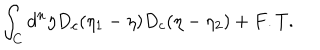
\int _ { C } d ^ { n } \eta D _ { c } ( \eta _ { 1 } - \eta ) D _ { c } ( \eta - \eta _ { 2 } ) + F . T .